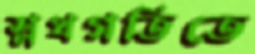
শ্লথগতিতে